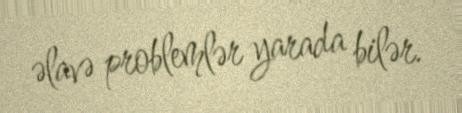
əlavə problemlər yarada bilər.